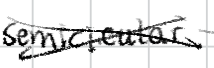
Text: semicircular
Cross-out: cross
Writing tool: digital_black